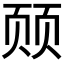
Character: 𬱛